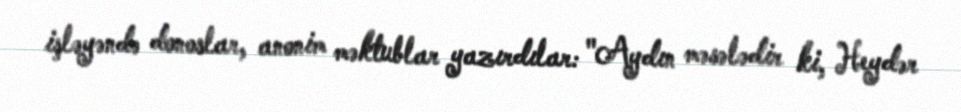
işləyəndə donoslar, anonim məktublar yazırdılar: "Aydın məsələdir ki, Heydər